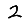
Digit: 2